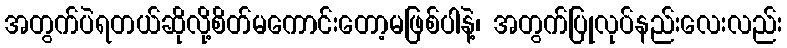
အတွက်ပဲရတယ်ဆိုလို့စိတ်မကောင်းတော့မဖြစ်ပါနဲ့၊ အတွက်ပြုလုပ်နည်းလေးလည်း